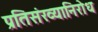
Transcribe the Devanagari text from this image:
प्रतिसंख्यानिरोध